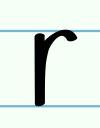
r